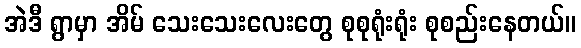
အဲဒီ ရွာမှာ အိမ် သေးသေးလေးတွေ စုစုရုံးရုံး စုစည်းနေတယ်။